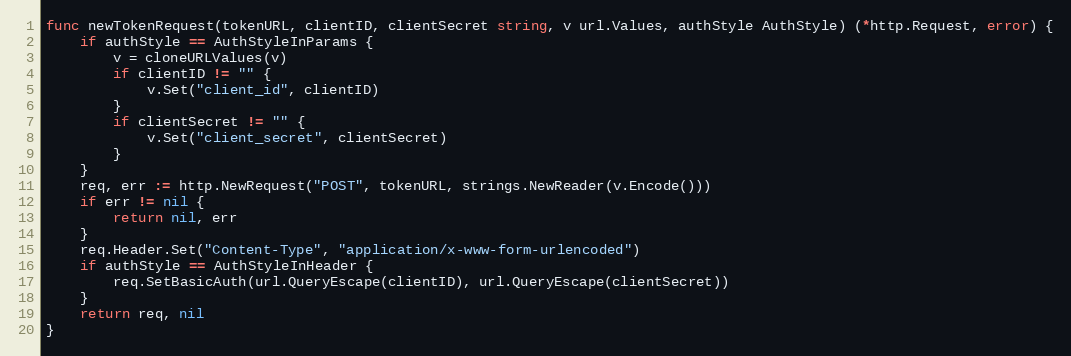
Language: Go
func newTokenRequest(tokenURL, clientID, clientSecret string, v url.Values, authStyle AuthStyle) (*http.Request, error) {
	if authStyle == AuthStyleInParams {
		v = cloneURLValues(v)
		if clientID != "" {
			v.Set("client_id", clientID)
		}
		if clientSecret != "" {
			v.Set("client_secret", clientSecret)
		}
	}
	req, err := http.NewRequest("POST", tokenURL, strings.NewReader(v.Encode()))
	if err != nil {
		return nil, err
	}
	req.Header.Set("Content-Type", "application/x-www-form-urlencoded")
	if authStyle == AuthStyleInHeader {
		req.SetBasicAuth(url.QueryEscape(clientID), url.QueryEscape(clientSecret))
	}
	return req, nil
}